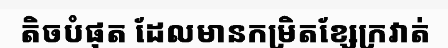
តិចបំផុត ដែលមានកម្រិតខ្សែក្រវាត់